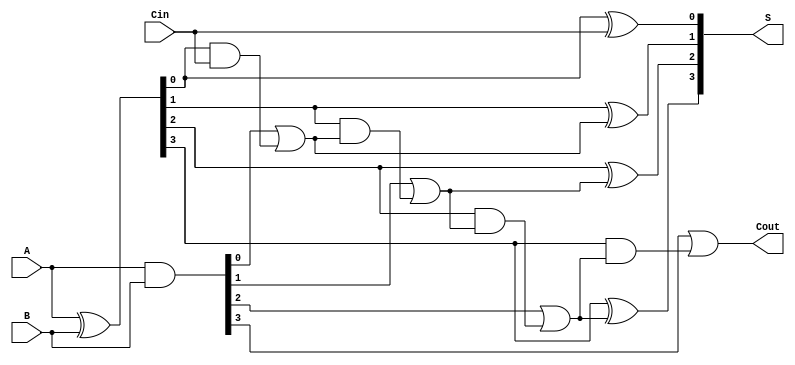
module CSPA_4bit (
    input [3:0] A,      // 4-bit input A
    input [3:0] B,      // 4-bit input B
    input Cin,          // Carry-in
    output [3:0] S,     // 4-bit sum output
    output Cout         // Carry-out
);

    // Intermediate signals for carry generation
    wire [3:0] P;       // Propagate signals
    wire [3:0] G;       // Generate signals
    wire [4:0] C;       // Carry signals

    // Generate and propagate signals
    assign P = A ^ B;   // Propagate: P[i] = A[i] XOR B[i]
    assign G = A & B;   // Generate: G[i] = A[i] AND B[i]

    // Carry generation using prefix tree logic
    assign C[0] = Cin;  // Initial carry-in
    assign C[1] = G[0] | (P[0] & C[0]); // Carry for block 0
    assign C[2] = G[1] | (P[1] & C[1]); // Carry for block 1
    assign C[3] = G[2] | (P[2] & C[2]); // Carry for block 2
    assign C[4] = G[3] | (P[3] & C[3]); // Carry for block 3

    // Sum calculation
    assign S[0] = P[0] ^ C[0]; // Sum for block 0
    assign S[1] = P[1] ^ C[1]; // Sum for block 1
    assign S[2] = P[2] ^ C[2]; // Sum for block 2
    assign S[3] = P[3] ^ C[3]; // Sum for block 3

    // Final carry-out
    assign Cout = C[4]; // Carry-out from the last block

endmodule